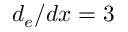
d _ { e } / d x = 3